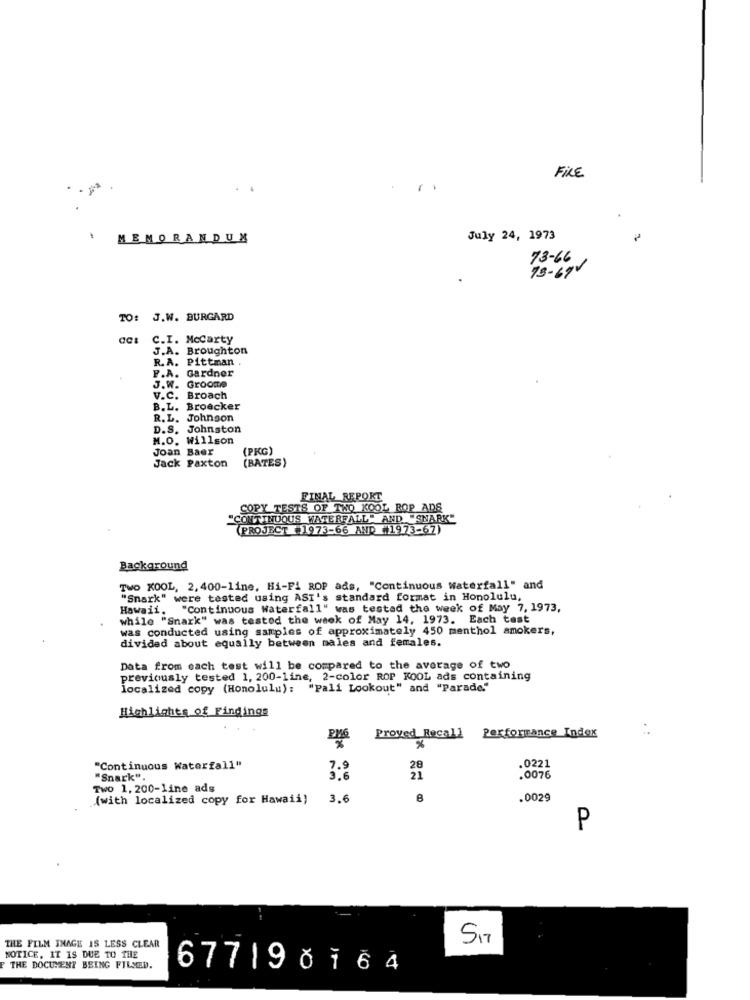
FIRE
MEMORANDUM
July 24, 1973
73-66
73-69V
TO: J.W. BURGARD
C.I. Mccarty
J.A. Broughton
R.A. Pittman .
F.A. Gardner
J.W. Groome
V.C. Broach
B.L. Broecker
R.L. Johnson
D.S. Johnston
M.O. Willson
Joan Baer
(PKG)
Jack Paxton
(BATES)
FINAL REPORT
COPY TESTS OF TWO KOOL ROP ADS
"CONTINUOUS WATERFALL" AND "SNARK"
(PROJECT #1973-66 AND (1973-67)
Background
TWO KOOL, 2, 400-line, Hi-Fi ROP ads, "Continuous Waterfall" and
"Snark" were tested using ASI's standard format in Honolulu,
Hawaii, "Continuous Waterfall" was tested the week of May 7, 1973,
while "Snark" was tested the week of May 14, 1973. Each test
was conducted using samples of approximately 450 menthol smokers,
divided about equally between males and females.
Data from each test will be compared to the average of two
previously tested 1, 200-line, 2-color ROP KOOL ads containing
localized copy (Honolulu): "Pali Lookout" and "Parade."
Highlights of Findings
Proved Recall Performance Index
%
.0221
"Continuous Waterfall"
"Snark".
21
.0076
Two 1, 200-line ads
(with localized copy for Hawaii)
3.6
8
.0029
P
THE FILM INAGE IS LESS CLEAR
NOTICE, IT IS DUE TO THE
THE DOCUMENT BEING FILLED.
677190 164